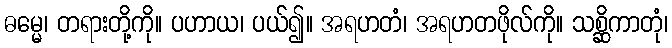
ဓမ္မေ၊ တရားတို့ကို။ ပဟာယ၊ ပယ်၍။ အရဟတံ၊ အရဟတဖိုလ်ကို။ သစ္ဆိကာတုံ၊